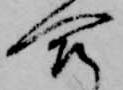
合